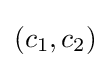
{\textstyle \left(c_{1},c_{2}\right)}